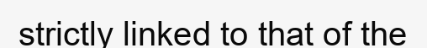
strictly linked to that of the